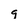
Character: g